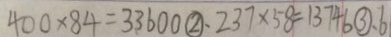
4 0 0 \times 8 4 = 3 3 6 0 0 \textcircled { 2 } . 2 3 7 \times 5 8 = 1 3 7 4 6 \textcircled { 3 } . 6